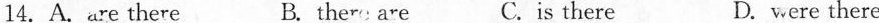
14.A.Are there B. ther: are C.Is there D. were there